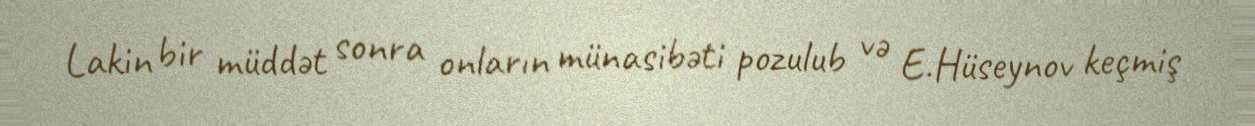
Lakin bir müddət sonra onların münasibəti pozulub və E.Hüseynov keçmiş